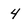
Character: 4